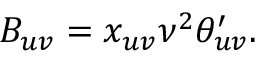
B _ { u v } = x _ { u v } \nu ^ { 2 } \theta _ { u v } ^ { \prime } .